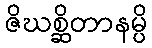
ဇိဃစ္ဆိတာနမ္ပိ